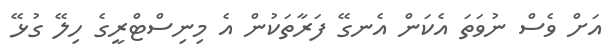
އަށް ވެސް ނުވަތަ އެކަން އެނގޭ ފަރާތަކުން އެ މިނިސްޓްރީގެ ހިލޭ ގުޅޭ